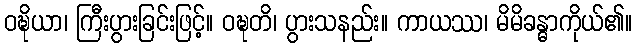
ဝဍ္ဎိယာ၊ ကြီးပွားခြင်းဖြင့်။ ဝဍ္ဎတိ၊ ပွားသနည်း။ ကာယဿ၊ မိမိခန္ဓာကိုယ်၏။